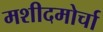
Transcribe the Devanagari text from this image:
मशीदमोर्चा